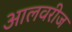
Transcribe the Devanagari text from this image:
आलवरीज